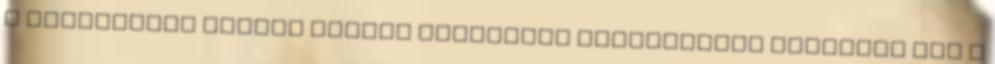
ő munkájukat nyomon követő újságírók holttesteit találták meg a